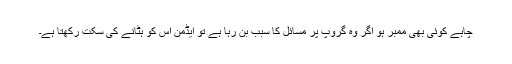
چاہے کوئی بھی ممبر ہو اگر وہ گروپ پر مسائل کا سبب بن رہا ہے تو ایڈمن اس کو ہٹانے کی سکت رکھتا ہے۔